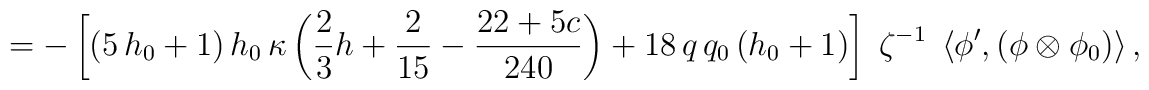
= - \left[ (5\,h_{0} + 1)\, h_{0}\,\kappa\left(\frac{2}{3}h + \frac{2}{15} - \frac{22 + 5c}{240} \right)+ 18\, q\, q_{0}\,(h_{0} + 1) \right]\; \zeta^{-1}\;\left\langle \phi',\left( \phi \otimes \phi_{0} \right) \right\rangle,